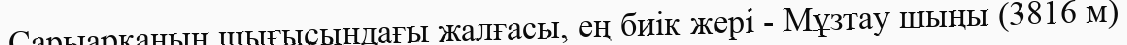
Сарыарқаның шығысындағы жалғасы, ең биік жері - Мұзтау шыңы (3816 м)